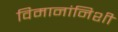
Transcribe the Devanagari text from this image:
विमानांनिशी